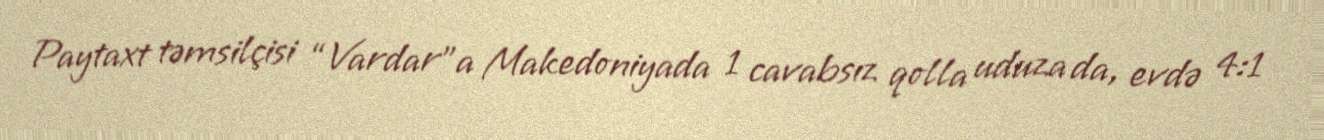
Paytaxt təmsilçisi “Vardar”a Makedoniyada 1 cavabsız qolla uduza da, evdə 4:1